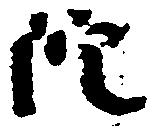
院